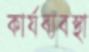
কার্যব্যবস্থা